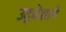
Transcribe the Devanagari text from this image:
उद्धेशाने